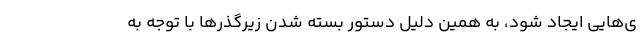
ی‌هایی ایجاد شود، به همین دلیل دستور بسته شدن زیرگذرها با توجه به